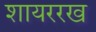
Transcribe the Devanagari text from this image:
शायररख